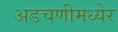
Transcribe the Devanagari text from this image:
अडचणीमध्येर